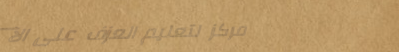
مركز لتعليم العزف على الآ